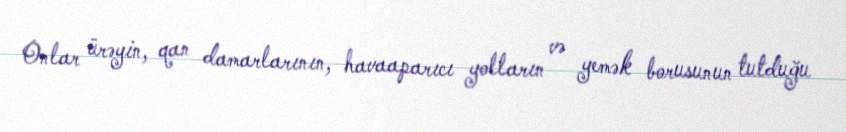
Onlar ürəyin, qan damarlarının, havaaparıcı yolların və yemək borusunun tutduğu